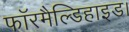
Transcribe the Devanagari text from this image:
फॉरमैल्डिहाइड।